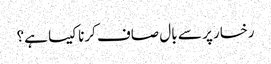
رخسار پر سے بال صاف کرنا کیسا ہے؟